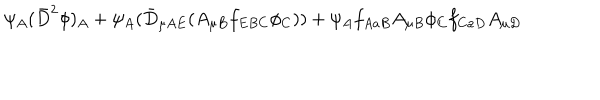
LaTeX: \psi _ { A } ( \bar { D } ^ { 2 } \phi ) _ { A } + \psi _ { A } ( \bar { D } _ { \mu A E } ( A _ { \mu B } f _ { E B C } \phi _ { C } ) ) + \psi _ { A } f _ { A a B } A _ { \mu B } \phi _ { C } f _ { C a D } A _ { \mu D }